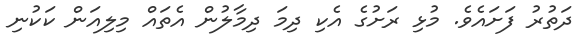
ދަތުރު ފަށައެވެ. މުޅި ރަށުގެ އެކި ދިމަ ދިމާލުން އެތައް މިލިއަން ކަކުނި